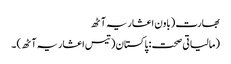
بھارت (باون اعشاریہ آٹھ
(مالیاتی صحت: پاکستان (تیس اعشاریہ آٹھ) ۔